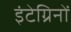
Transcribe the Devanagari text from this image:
इंटेग्रिनों